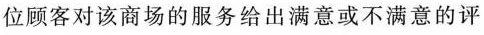
位顾客对该商场的服务给出满意或不满意的评